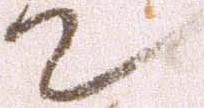
て